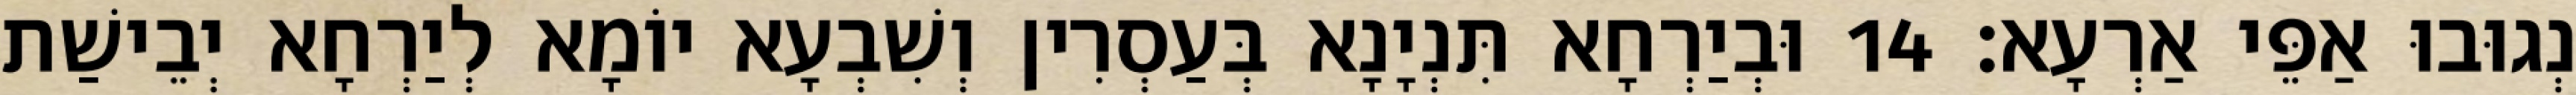
נְגוּבוּ אַפֵּי אַרְעָא׃ 14 וּבְיַרְחָא תִּנְיָנָא בְּעַסְרִין וְשִׁבְעָא יוֹמָא לְיַרְחָא יְבֵישַׁת